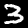
Digit: 3